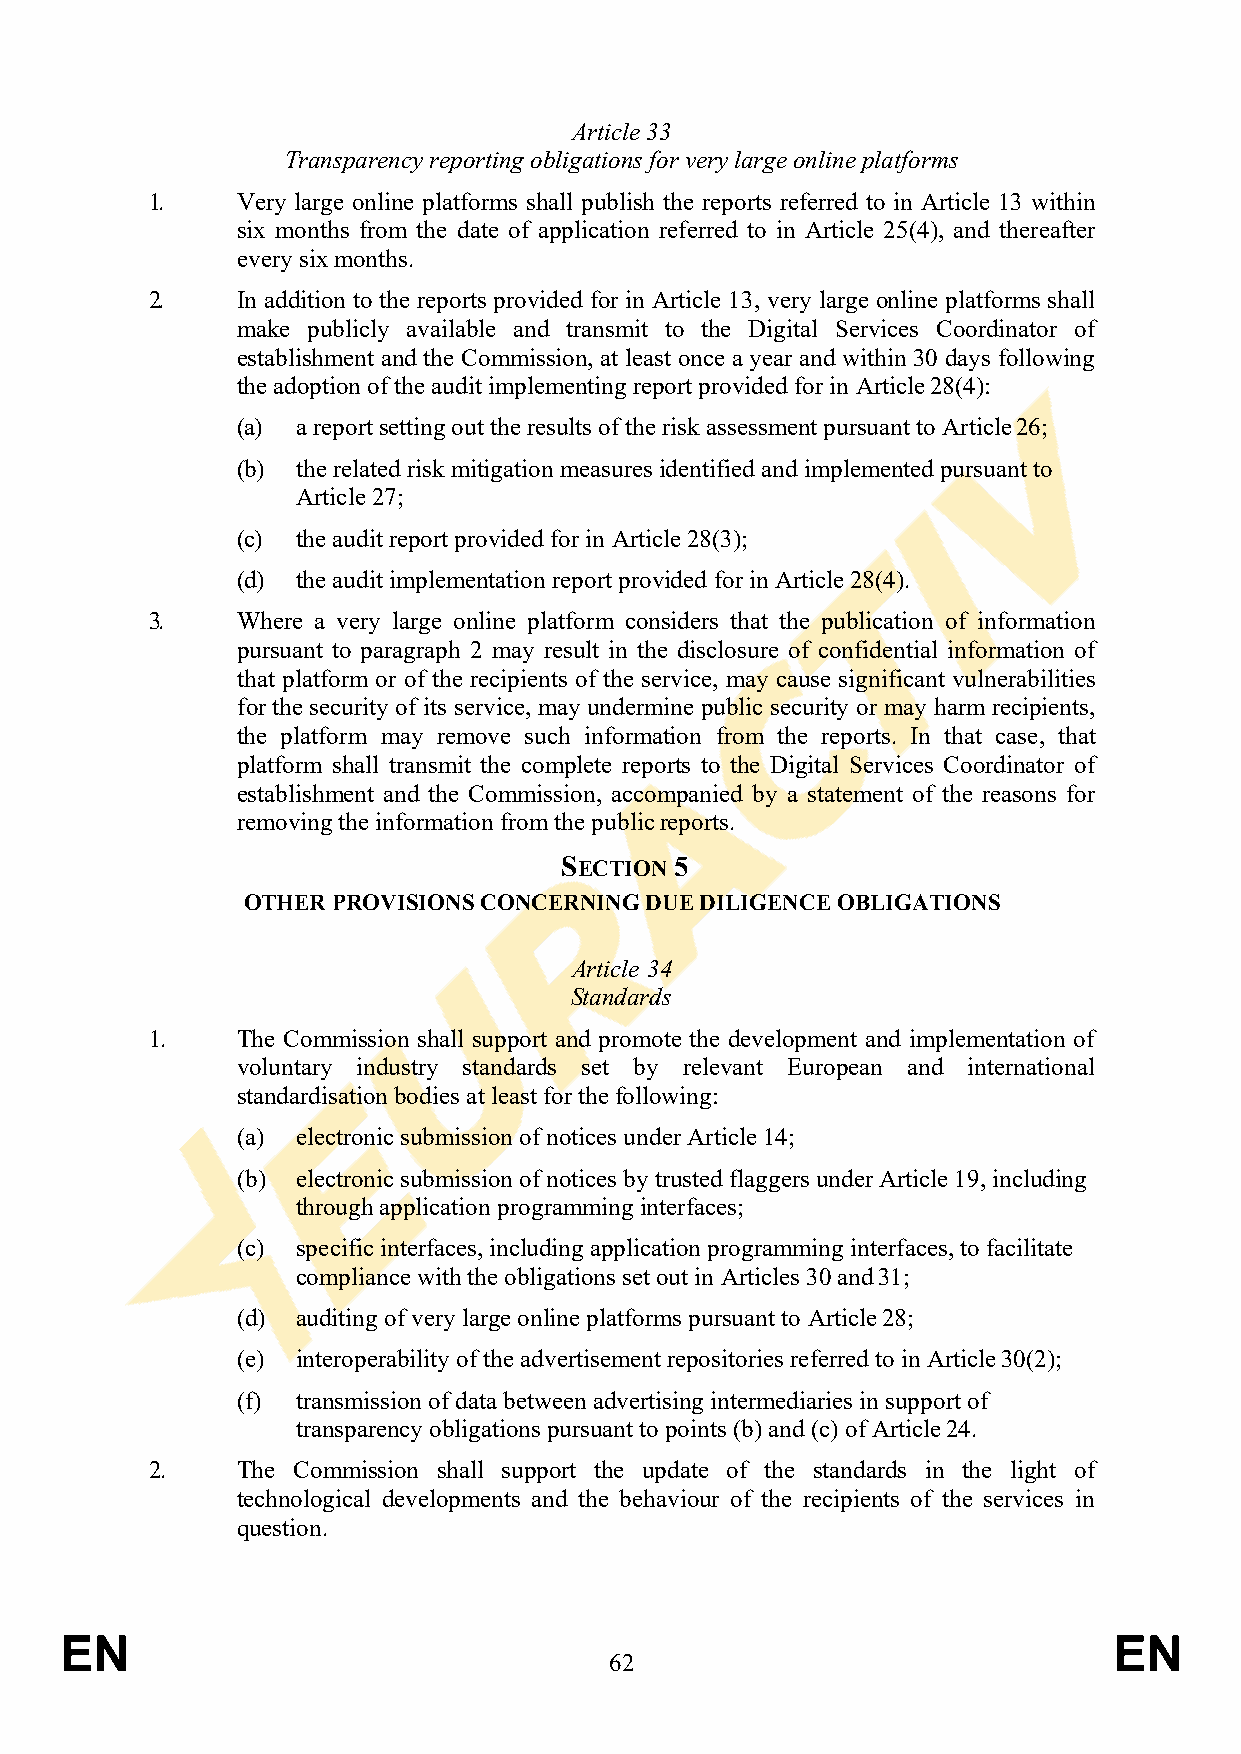
Article 33
 Transparency reporting obligations for very large online platforms
 1.    Very large online platforms shall publish the reports referred to in Article 13 within
 six months from the date of application referred to in Article 25(4), and thereafter
 every six months.
 2.    In addition to the reports provided for in Article 13, very large online platforms shall
 make publicly available and transmit to the Digital Services Coordinator of
 establishment and the Commission, at least once a year and within 30 days following
 the adoption of the audit implementing report provided for in Article 28(4):
 (a) a report setting out the results of the risk assessment pursuant to Article 26;
 (b) the related risk mitigation measures identified and implemented pursuant to
 Article 27;
 (c) the audit report provided for in Article 28(3);
 (d) the audit implementation report provided for in Article 28(4).
 3.    Where a very large online platform considers that the publication of information
 pursuant to paragraph 2 may result in the disclosure of confidential information of
 that platform or of the recipients of the service, may cause significant vulnerabilities
 for the security of its service, may undermine public security or may harm recipients,
 the platform may remove such information from the reports. In that case, that
 platform shall transmit the complete reports to the Digital Services Coordinator of
 establishment and the Commission, accompanied by a statement of the reasons for
 removing the information from the public reports.
 SECTION 5
 OTHER PROVISIONS CONCERNING DUE DILIGENCE OBLIGATIONS
 Article 34
 Standards
 1.    The Commission shall support and promote the development and implementation of
 voluntary industry standards set by relevant European and international
 standardisation bodies at least for the following:
 (a) electronic submission of notices under Article 14;
 (b) electronic submission of notices by trusted flaggers under Article 19, including
 through application programming interfaces;
 (c) specific interfaces, including application programming interfaces, to facilitate
 compliance with the obligations set out in Articles 30 and 31;
 (d) auditing of very large online platforms pursuant to Article 28;
 (e) interoperability of the advertisement repositories referred to in Article 30(2);
 (f) transmission of data between advertising intermediaries in support of
 transparency obligations pursuant to points (b) and (c) of Article 24.
 2.    The Commission shall support the update of the standards in the light of
 technological developments and the behaviour of the recipients of the services in
 question.
 EN                                                                    EN
 62